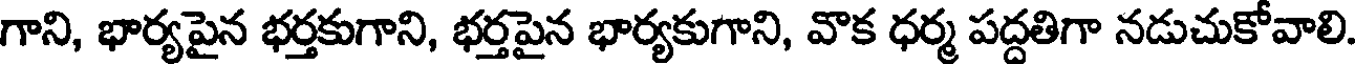
గాని, భార్యపైన భర్తకుగాని, భర్తపైన భార్యకుగాని, వొక ధర్మ పద్దతిగా నడుచుకోవాలి.